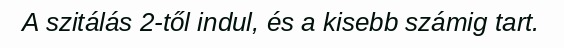
A szitálás 2-től indul, és a kisebb számig tart.